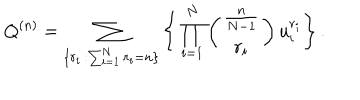
LaTeX: Q ^ { ( n ) } = \sum _ { \{ r _ { i } \, : \sum _ { i = 1 } ^ { N } r _ { i } = n \} } \Bigg \{ \prod _ { i = 1 } ^ { N } \left( \begin{matrix} { { \frac { n } { N - 1 } } } \\ { { r _ { i } } } \\ \end{matrix} \right) u _ { i } ^ { r _ { i } } \Bigg \} \, .